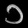
Digit: ၁